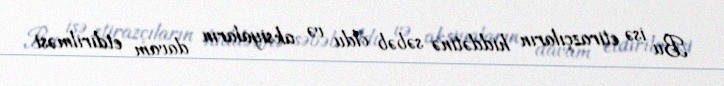
Bu isə etirazçıların hiddətinə səbəb oldu və aksiyaların davam etdirilməsi